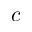
c